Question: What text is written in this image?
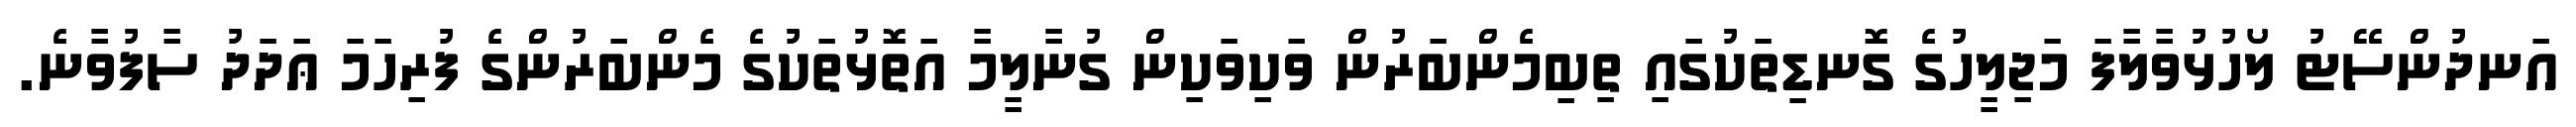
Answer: އަނދުންސޭޓު ލޯހުޅުވާލާފަ މަޖިލީހުގެ ގޮނޑިތަކުގައި ތިބިމެންބަރުން ވަކިވަކިން ގުނާލީމާ އަތޮޅުތަކުގެ މެންބަރުންގެ ފުރިހަމަ ޢަދަދު ސާފުވާނެ.